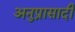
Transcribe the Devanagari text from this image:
अनुप्रासादी